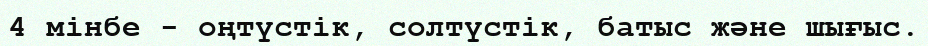
4 мінбе - оңтүстік, солтүстік, батыс және шығыс.